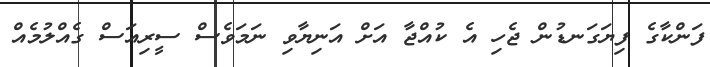
ފަންކާގެ ފިޔަގަނޑުން ޖެހި އެ ކުއްޖާ އަށް އަނިޔާވި ނަމަވެސް ސީރިއަސް ގެއްލުމެއް